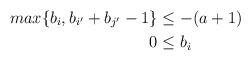
LaTeX: \begin{align*}max \{b_i,b_{i'}+b_{j'}-1\}&\leq -(a+1)\\0&\leq b_i\end{align*}